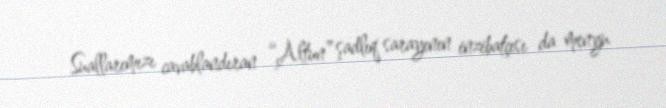
Suallarımızı cavablandıran “Altun” şadlıq sarayının inzibatçısı da menyu